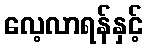
လေ့လာရန်နှင့်